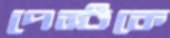
পেস্টকে